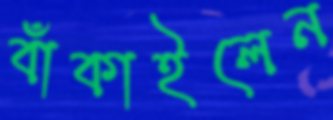
বাঁকাইলেন